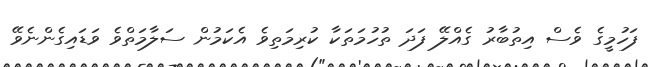
ފަހުމީގެ ވެސް އިތުބާރު ގެއްލޭ ފަދަ ތުހުމަތަކާ ކުރިމަތިވެ އެކަމުން ސަލާމަތްވެ ވަޑައިގެންނެވޭ